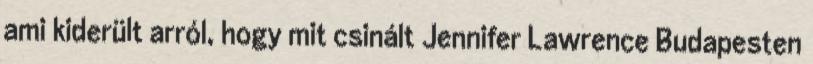
ami kiderült arról, hogy mit csinált Jennifer Lawrence Budapesten